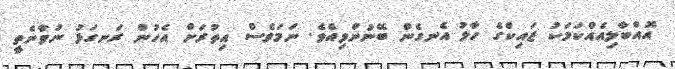
އޮއްބާލިއެއްކަމަކު ޒައިކްގެ ހާލު އެނގެން ބޭނުންވިއެވެ. ނަމަވެސް އިތުރަށް އެހުން ރަނގަޅު ނުވާނެތީ